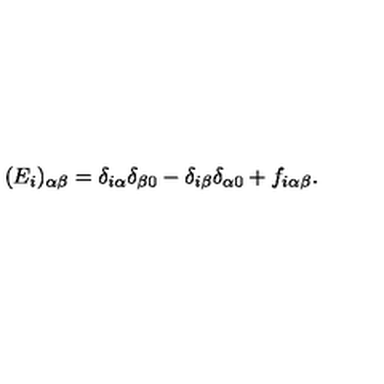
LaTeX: ( E _ { i } ) _ { \alpha \beta } = \delta _ { i \alpha } \delta _ { \beta 0 } - \delta _ { i \beta } \delta _ { \alpha 0 } + f _ { i \alpha \beta } .